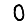
Digit: 0